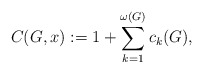
\begin{align*}C(G,x):= 1 + \sum_{k=1}^{\omega(G)} c_{k}(G), \end{align*}